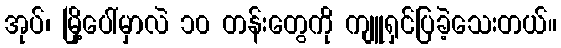
အုပ်၊ မြို့ပေါ်မှာလဲ ၁၀ တန်းတွေကို ကျူရှင်ပြခဲ့သေးတယ်။